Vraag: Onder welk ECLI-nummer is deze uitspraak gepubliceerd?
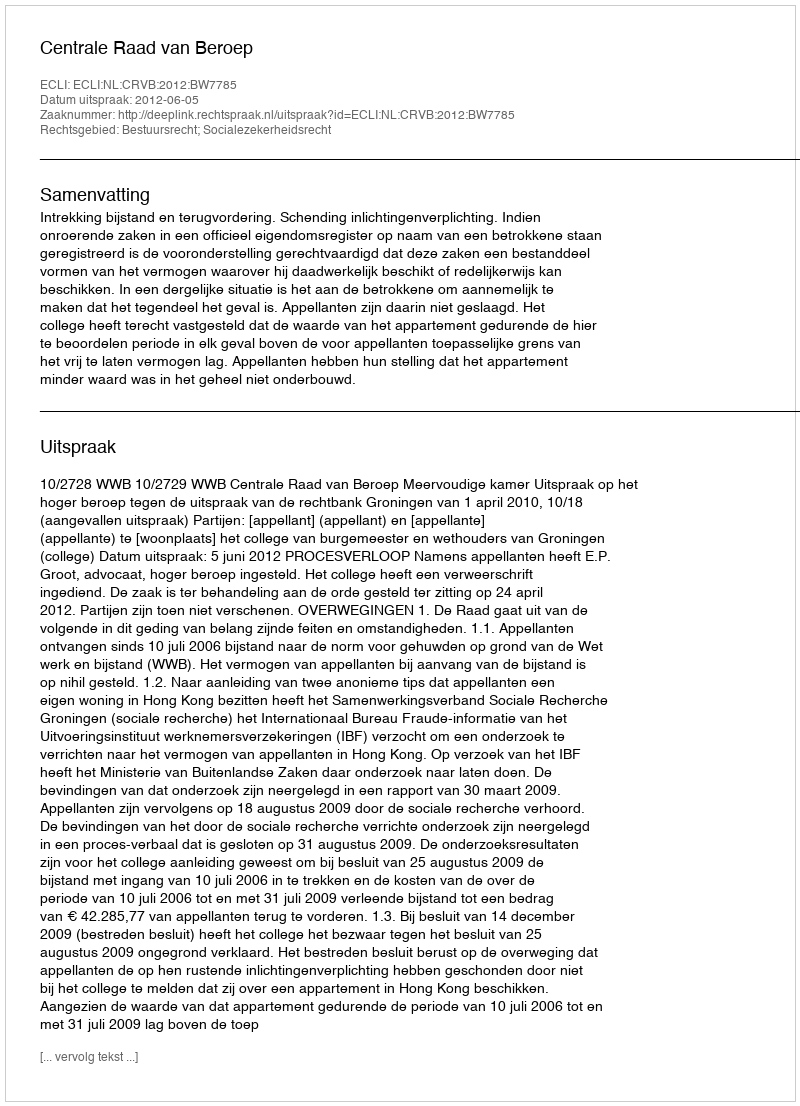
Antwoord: ECLI:NL:CRVB:2012:BW7785